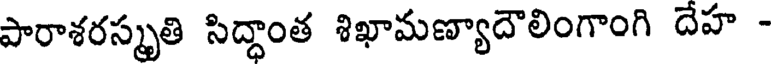
పారాశరస్మృతి సిద్ధాంత శిఖామణ్యాదౌలింగాంగి దేహ -